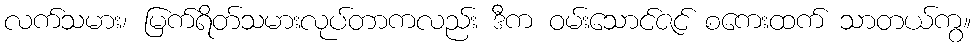
လက်သမား၊ မြက်ရိတ်သမားလုပ်တာကလည်း ဒီက ဝမ်းသောင်ဇင် စကေးထက် သာတယ်ကွ။